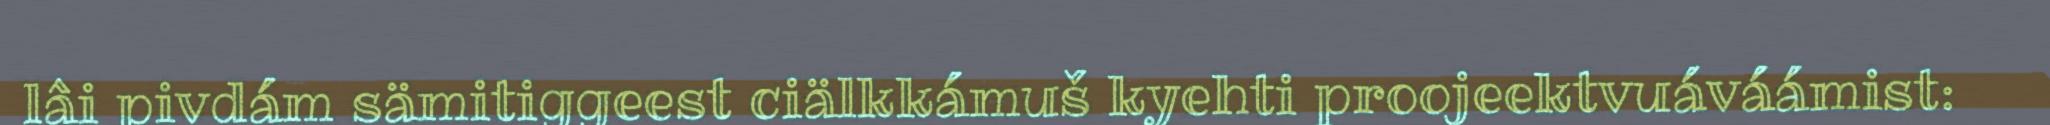
lâi pivdám sämitiggeest ciälkkámuš kyehti proojeektvuáváámist: